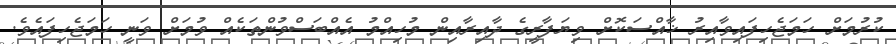
ކުރުމަށް ހަމަޖެހިފައިވާއިރު ޚާއްސަކޮށް ވިޔަފާރީގެ ދާއިރާއިން މުހިއްމު އެއްބަސްވުންތަކެއް ވުމަށް ވަނީ ހަމަޖެހިފައެވެ.